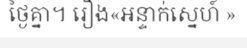
ថ្ងៃគ្នា។ រឿង«អន្ទាក់ស្នេហ៍ »